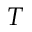
T